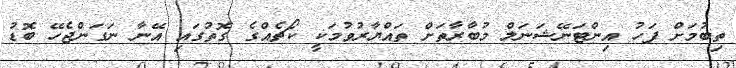
ތިބުމަށް ފަހު އިންޓަނޭޝަނަލް މުބާރާތަށް ތައްޔާރުވުމަކީ ކޯޗެއްގެ ގޮތުގައި އޭނާ ނަގަންޖެހޭ ބޮޑު